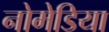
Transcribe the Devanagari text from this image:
नोमेडिया